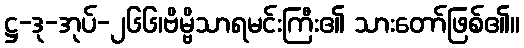
ဋ္ဌ-ဒု-အုပ်-၂၆၆၊ဗိမ္ဗိသာရမင်းကြီး၏ သားတော်ဖြစ်၏။